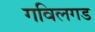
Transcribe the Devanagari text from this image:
गविलगड